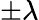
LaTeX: \pm\lambda